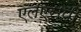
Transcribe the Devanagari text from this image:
एलएसपी